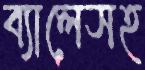
ব্যালেসহ